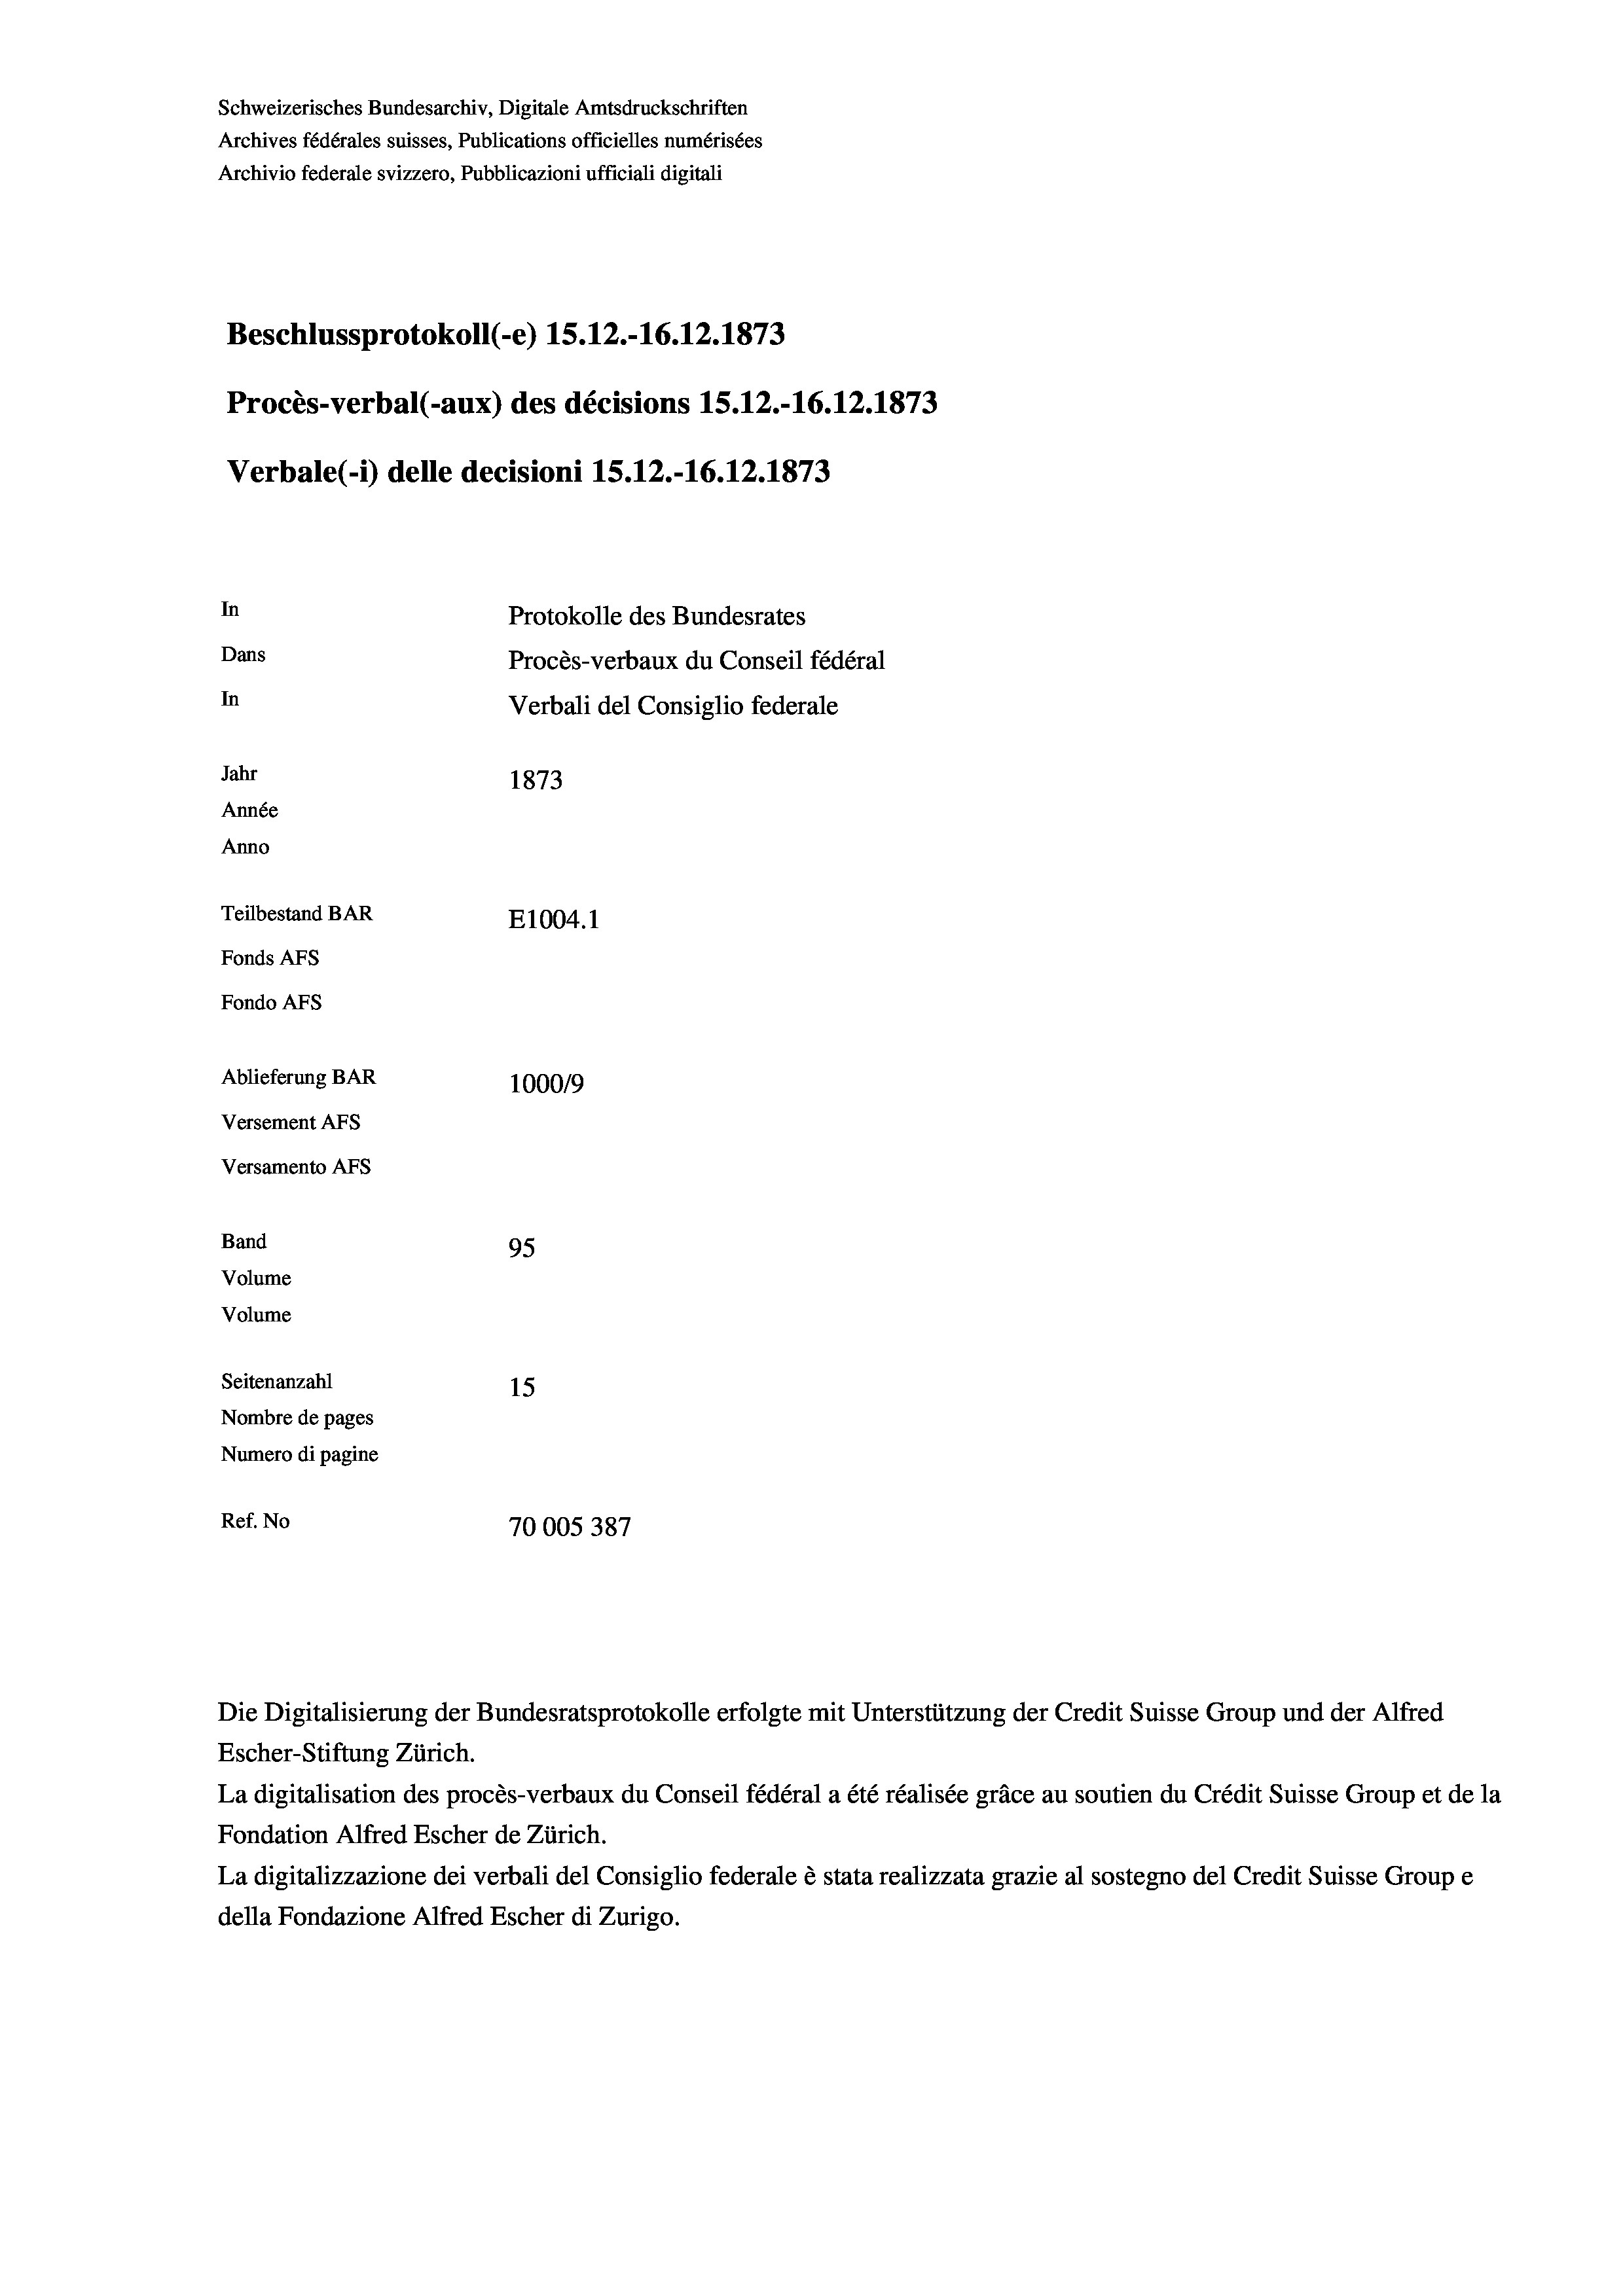
Schweizerisches Bundesarchiv, Digitale Amtsdruckschriften
Archives fédérales suisses, Publications officielles numérisées
Beschlussprotokoll (-e) 1S.12.-16.12. 1873
Procès-verbal (-aux) des décisions 15.12.-16.12.1873
Verbale(*) delle decisioni 1S.12.-16.12. 1873
In
Protokolle des Bundesrates
Dans
Procès-verbaux du Conseil fédéral
In
Verbali del Consiglio federale
Jahr
1873
Année
Anno
Teilbestand BAR
E1004.1
Fonds AFs
Fondo AFs
Ablieferung BAR
100019
Versement AFs

Versamento AFs
Band
Volume
Volume

Archivio federale svizzero, Pubblicazioni ufficiali digitali

95
Seitenanzahl
15
Nombre de pages
Numero di pagine
r
Ref. No
70005 387

Die Digitalisierung der Bundesratsprotokolle erfolgte mit Unterstützung der Credit Suisse Group und der Alfred
Escher-Stiftung Zürich.
La digitalisation des procès-verbaux du Conseil fédéral a été réalisée gräce au soutien du Crédit Suisse Group et de la
Fondation Alfred Escher de Zürich.
La digitalizzazione dei verbali del Consiglio federale è stata realizzata grazie al sostegno del Credit Suisse Groupe
della Fondazione Alfred Escher di Zurigo.